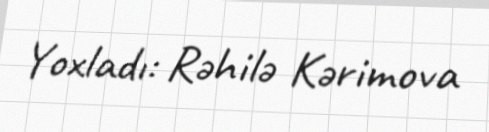
Yoxladı: Rəhilə Kərimova